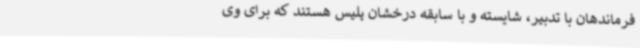
فرماندهان با تدبیر، شایسته و با سابقه درخشان پلیس هستند که برای وی